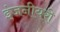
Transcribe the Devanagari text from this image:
इंजनीयरी